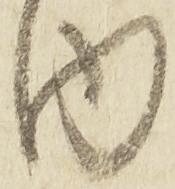
内